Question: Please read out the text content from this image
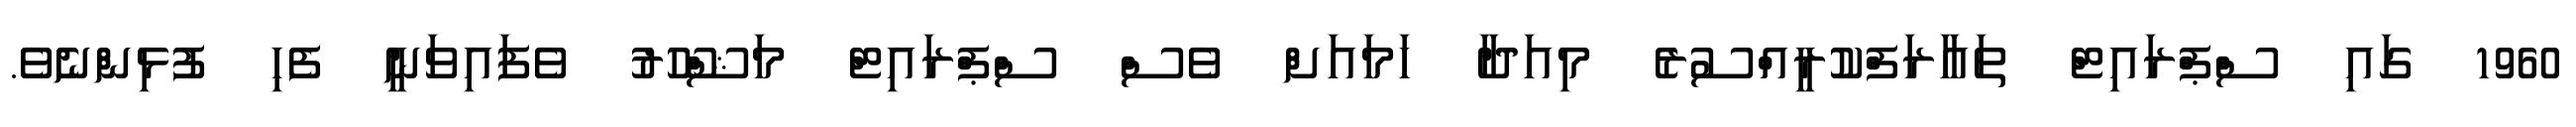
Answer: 1960 ގައި ސްޕްރައިޓް ތައާރަފްކުރީއްސުރެ މިއަދާ ހަމައަށް ވެސް ސްޕްރައިޓް މަޝްހޫރު ވެފައިވަނީ ފެހި ފުޅިންނެވެ.